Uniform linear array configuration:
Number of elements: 4
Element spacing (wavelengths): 1
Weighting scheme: kaiser
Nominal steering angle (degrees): -15
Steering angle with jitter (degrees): -14.23
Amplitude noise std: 0.05
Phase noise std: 0.05

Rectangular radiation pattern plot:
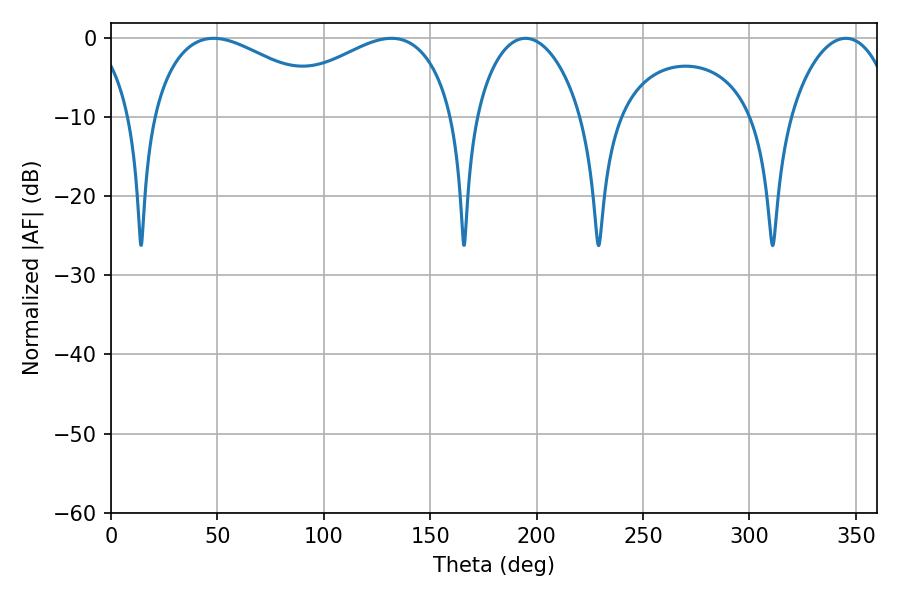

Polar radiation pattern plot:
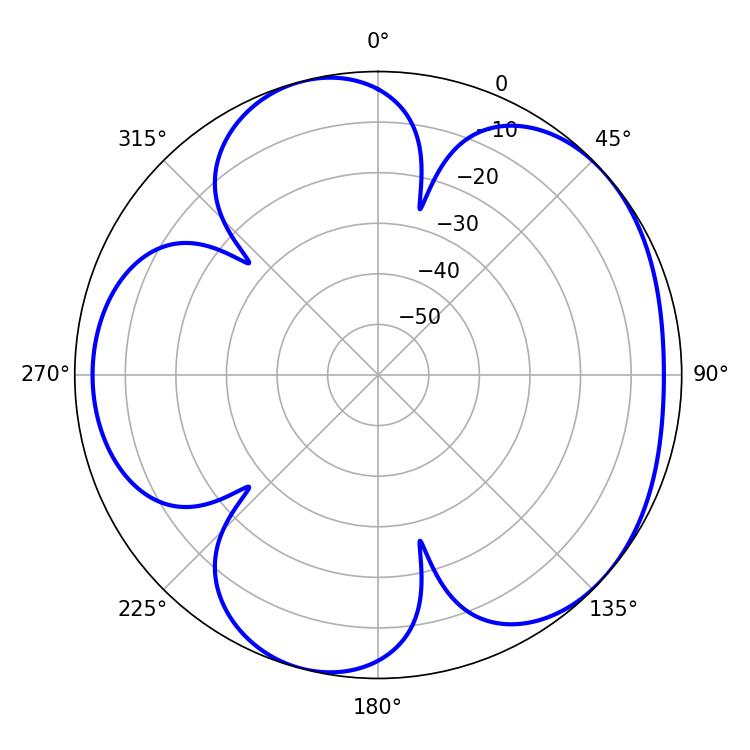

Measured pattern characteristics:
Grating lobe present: TRUE
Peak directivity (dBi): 4.784
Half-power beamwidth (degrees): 48.6
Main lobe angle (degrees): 48.24